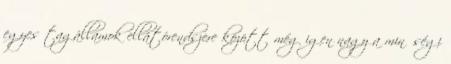
egyes tagállamok ellátórendszere között még igen nagy a minőségi